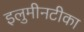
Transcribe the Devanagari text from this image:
इलुमीनटीका